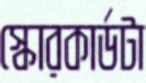
স্কোরকার্ডটা